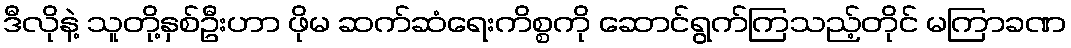
ဒီလိုနဲ့ သူတို့နှစ်ဦးဟာ ဖိုမ ဆက်ဆံရေးကိစ္စကို ဆောင်ရွက်ကြသည့်တိုင် မကြာခဏ